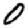
Digit: 0